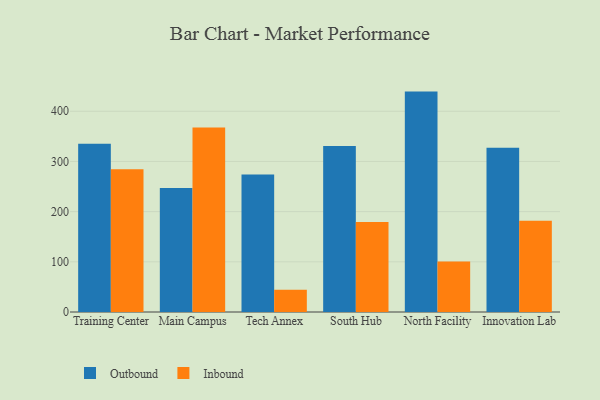
{"axis": {"x": "Campus", "y": "Tickets Resolved"}, "legend": ["Inbound", "Outbound"], "data": [{"x": "Training Center", "y": 335.1, "type": "Outbound"}, {"x": "Training Center", "y": 284.5, "type": "Inbound"}, {"x": "Main Campus", "y": 247.1, "type": "Outbound"}, {"x": "Main Campus", "y": 367.7, "type": "Inbound"}, {"x": "Tech Annex", "y": 273.9, "type": "Outbound"}, {"x": "Tech Annex", "y": 44.3, "type": "Inbound"}, {"x": "South Hub", "y": 330.8, "type": "Outbound"}, {"x": "South Hub", "y": 179.1, "type": "Inbound"}, {"x": "North Facility", "y": 439.2, "type": "Outbound"}, {"x": "North Facility", "y": 100.5, "type": "Inbound"}, {"x": "Innovation Lab", "y": 327.2, "type": "Outbound"}, {"x": "Innovation Lab", "y": 182.0, "type": "Inbound"}]}